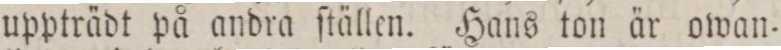
uppträdt på andra ſtällen. Hans ton är owan=